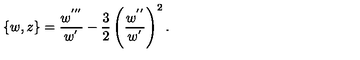
\{ w , z \} = { \frac { w ^ { ' ^ { \prime \prime } } } { w ^ { ' } } } - { \frac { 3 } { 2 } } \left( \frac { w ^ { ' ^ { \prime } } } { w ^ { ' } } \right) ^ { 2 } .